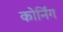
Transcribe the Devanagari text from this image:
कोर्निंग